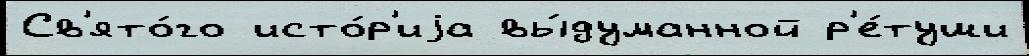
Св'ято́го исто́р'иjа вы́думанной р'е́туши